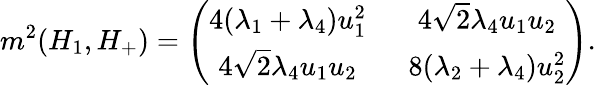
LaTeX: m^{2}(H_{1},H_{+})=\left(\begin{array}{cc}{{4(\lambda_{1}+\lambda_{4})u_{1}^{2}\ \ }}&{{4\sqrt{2}\lambda_{4}u_{1}u_{2}}}\\ {{4\sqrt{2}\lambda_{4}u_{1}u_{2}\ \ }}&{{8(\lambda_{2}+\lambda_{4})u_{2}^{2}}}\end{array}\right).